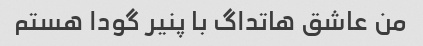
من عاشق هاتداگ با پنیر گودا هستم